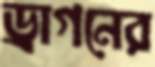
ড্রাগনের